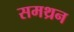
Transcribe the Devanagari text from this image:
समथ्रन